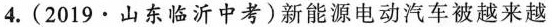
4.(2019·山东临沂中考)新能源电动汽车被越来越